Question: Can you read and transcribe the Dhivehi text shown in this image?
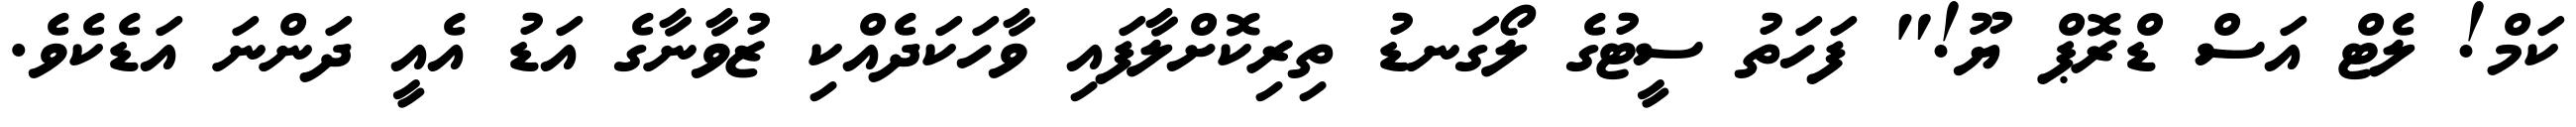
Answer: ކަމް! ލެޓް އަސް ޑްރޮޕް ޔޫ!" ފަހަތު ސީޓުގެ ލޯގަނޑު ތިރިކޮށްލާފައި ވާހަކަދެއްކި ޒުވާނާގެ އަޑު އެއީ ދަންނަ އަޑެކެވެ.